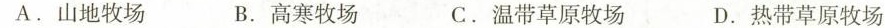
A. 山地牧场 B. 高寒牧场 C. 温带草原牧场 D. 热带草原牧场